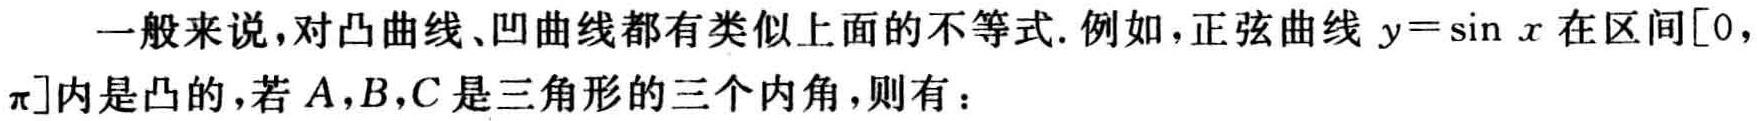
一般来说，对凸曲线、凹曲线都有类似上面的不等式. 例如，正弦曲线 \(y = \sin x\) 在区间\([0,\pi]\)内是凸的，若 \(A,B,C\) 是三角形的三个内角，则有：